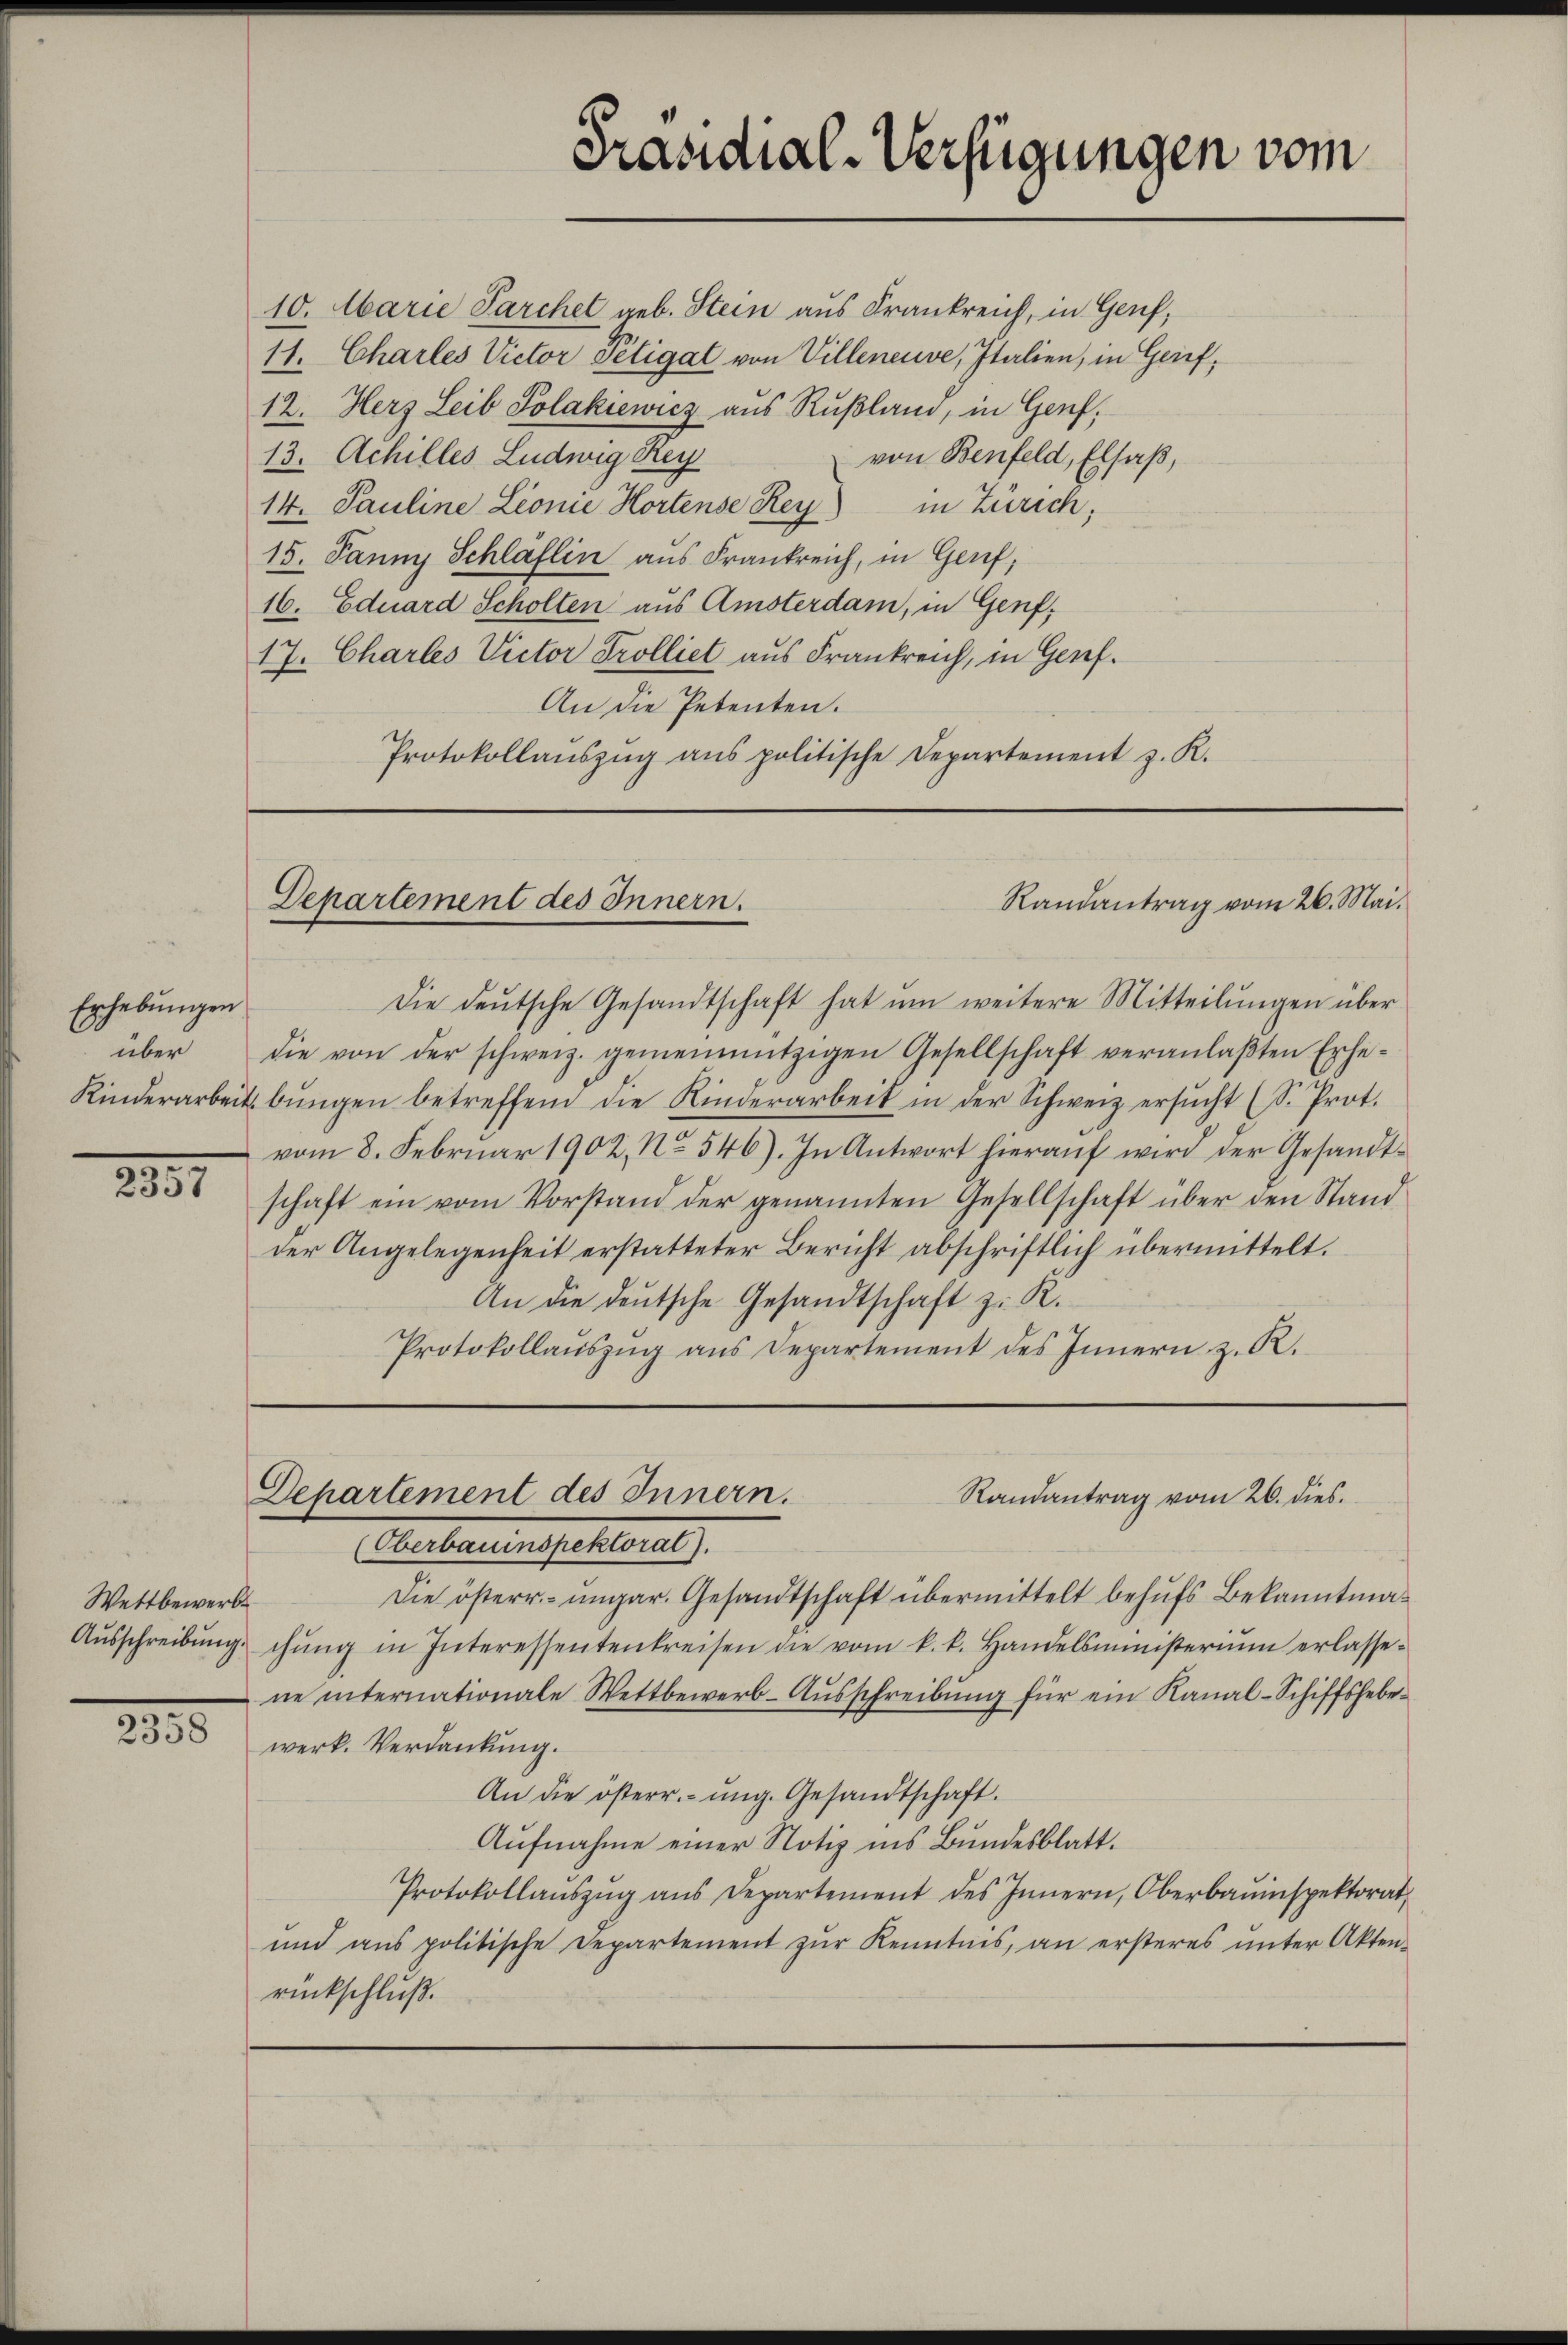
Erhebungen
über

2357

Wettbewerb
Ausschreibung.

3
2358

10. Marie Parchet geb. Stein aus Frankreich, in Genf,
11. Charles Victor Peligat von Villeneuve, Italien, in Geief,
12. Herz Leib Solakiewicz aus Rußland, in Genf,
von Benfeld, Elsaß,
13. Achilles Ludwig Rey
14. Pauline Lionie Hortense Rey) in Zürich;
15. Janny Schläflin aus Frankreich, in Genf,
16. Eduard Scholten aus Amsterdam, in Genf,
17. Charles Victor Trolliet aus Frankreich, in Genf.
An die Petenten.
Protokollaŭszŭg ans politische Departement z. K.

Präsidial-Verfügungen vom

Departement des Innern.
Randantrag vom 26. Mai.

Die deŭtsche Gesandtschaft hat ŭm weitere Mitteilŭngen über
die von der schweiz. gemeinnützigen Gesellschaft veranlaβten Erhe¬
Kinderarbeitsbŭngen betreffend die Kinderarbeit in der Schweiz ersŭcht (S. Prot.
vom 8. Februar 1902, No 546). In Antwort hieraŭf wird der Gesandtschaft ein vom Vorstand der genannten Gesellschaft über den Stand
der Angelegenheit erstatteter Bericht abschriftlich übermittelt.
An die deutsche Gesandtschaft z. K.
Protokollauszug aus Departement des Innern z. R.

Dehartement des Innern.
Randantrag vom 26. dies
Anbauenspuchleren.

Die österr. ungar. Gesandtschaft übermittelt behufs Bekanntmachŭng in Interessentenkreisen die vom k. k. Handelsministeriŭm erlasse-
ne internationale Wettbewerb-Aŭsschreibŭng für ein Kanal-Schiffshebe-
werk. Verdankung.
An die österr.- ŭng. Gesandtschaft.
Aufnahme einer Notiz ins Bundesblatt.
Protokollaŭszŭg aŭs Departement des Innern, Oberbauinspektorat,
und ans politische Departement zŭr Kenntnis, an ersteres ŭnter Akten-
rückschluß.